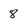
Character: 8